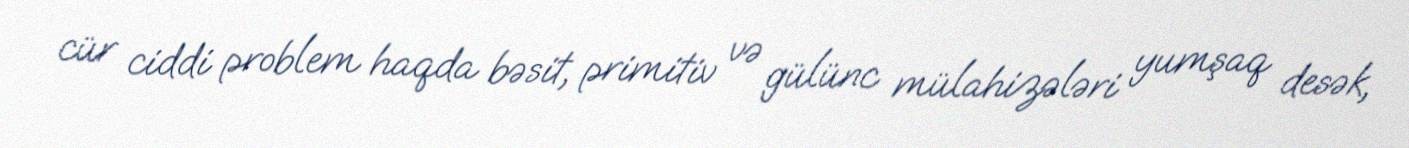
cür ciddi problem haqda bəsit, primitiv və gülünc mülahizələri yumşaq desək,